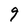
Character: 9